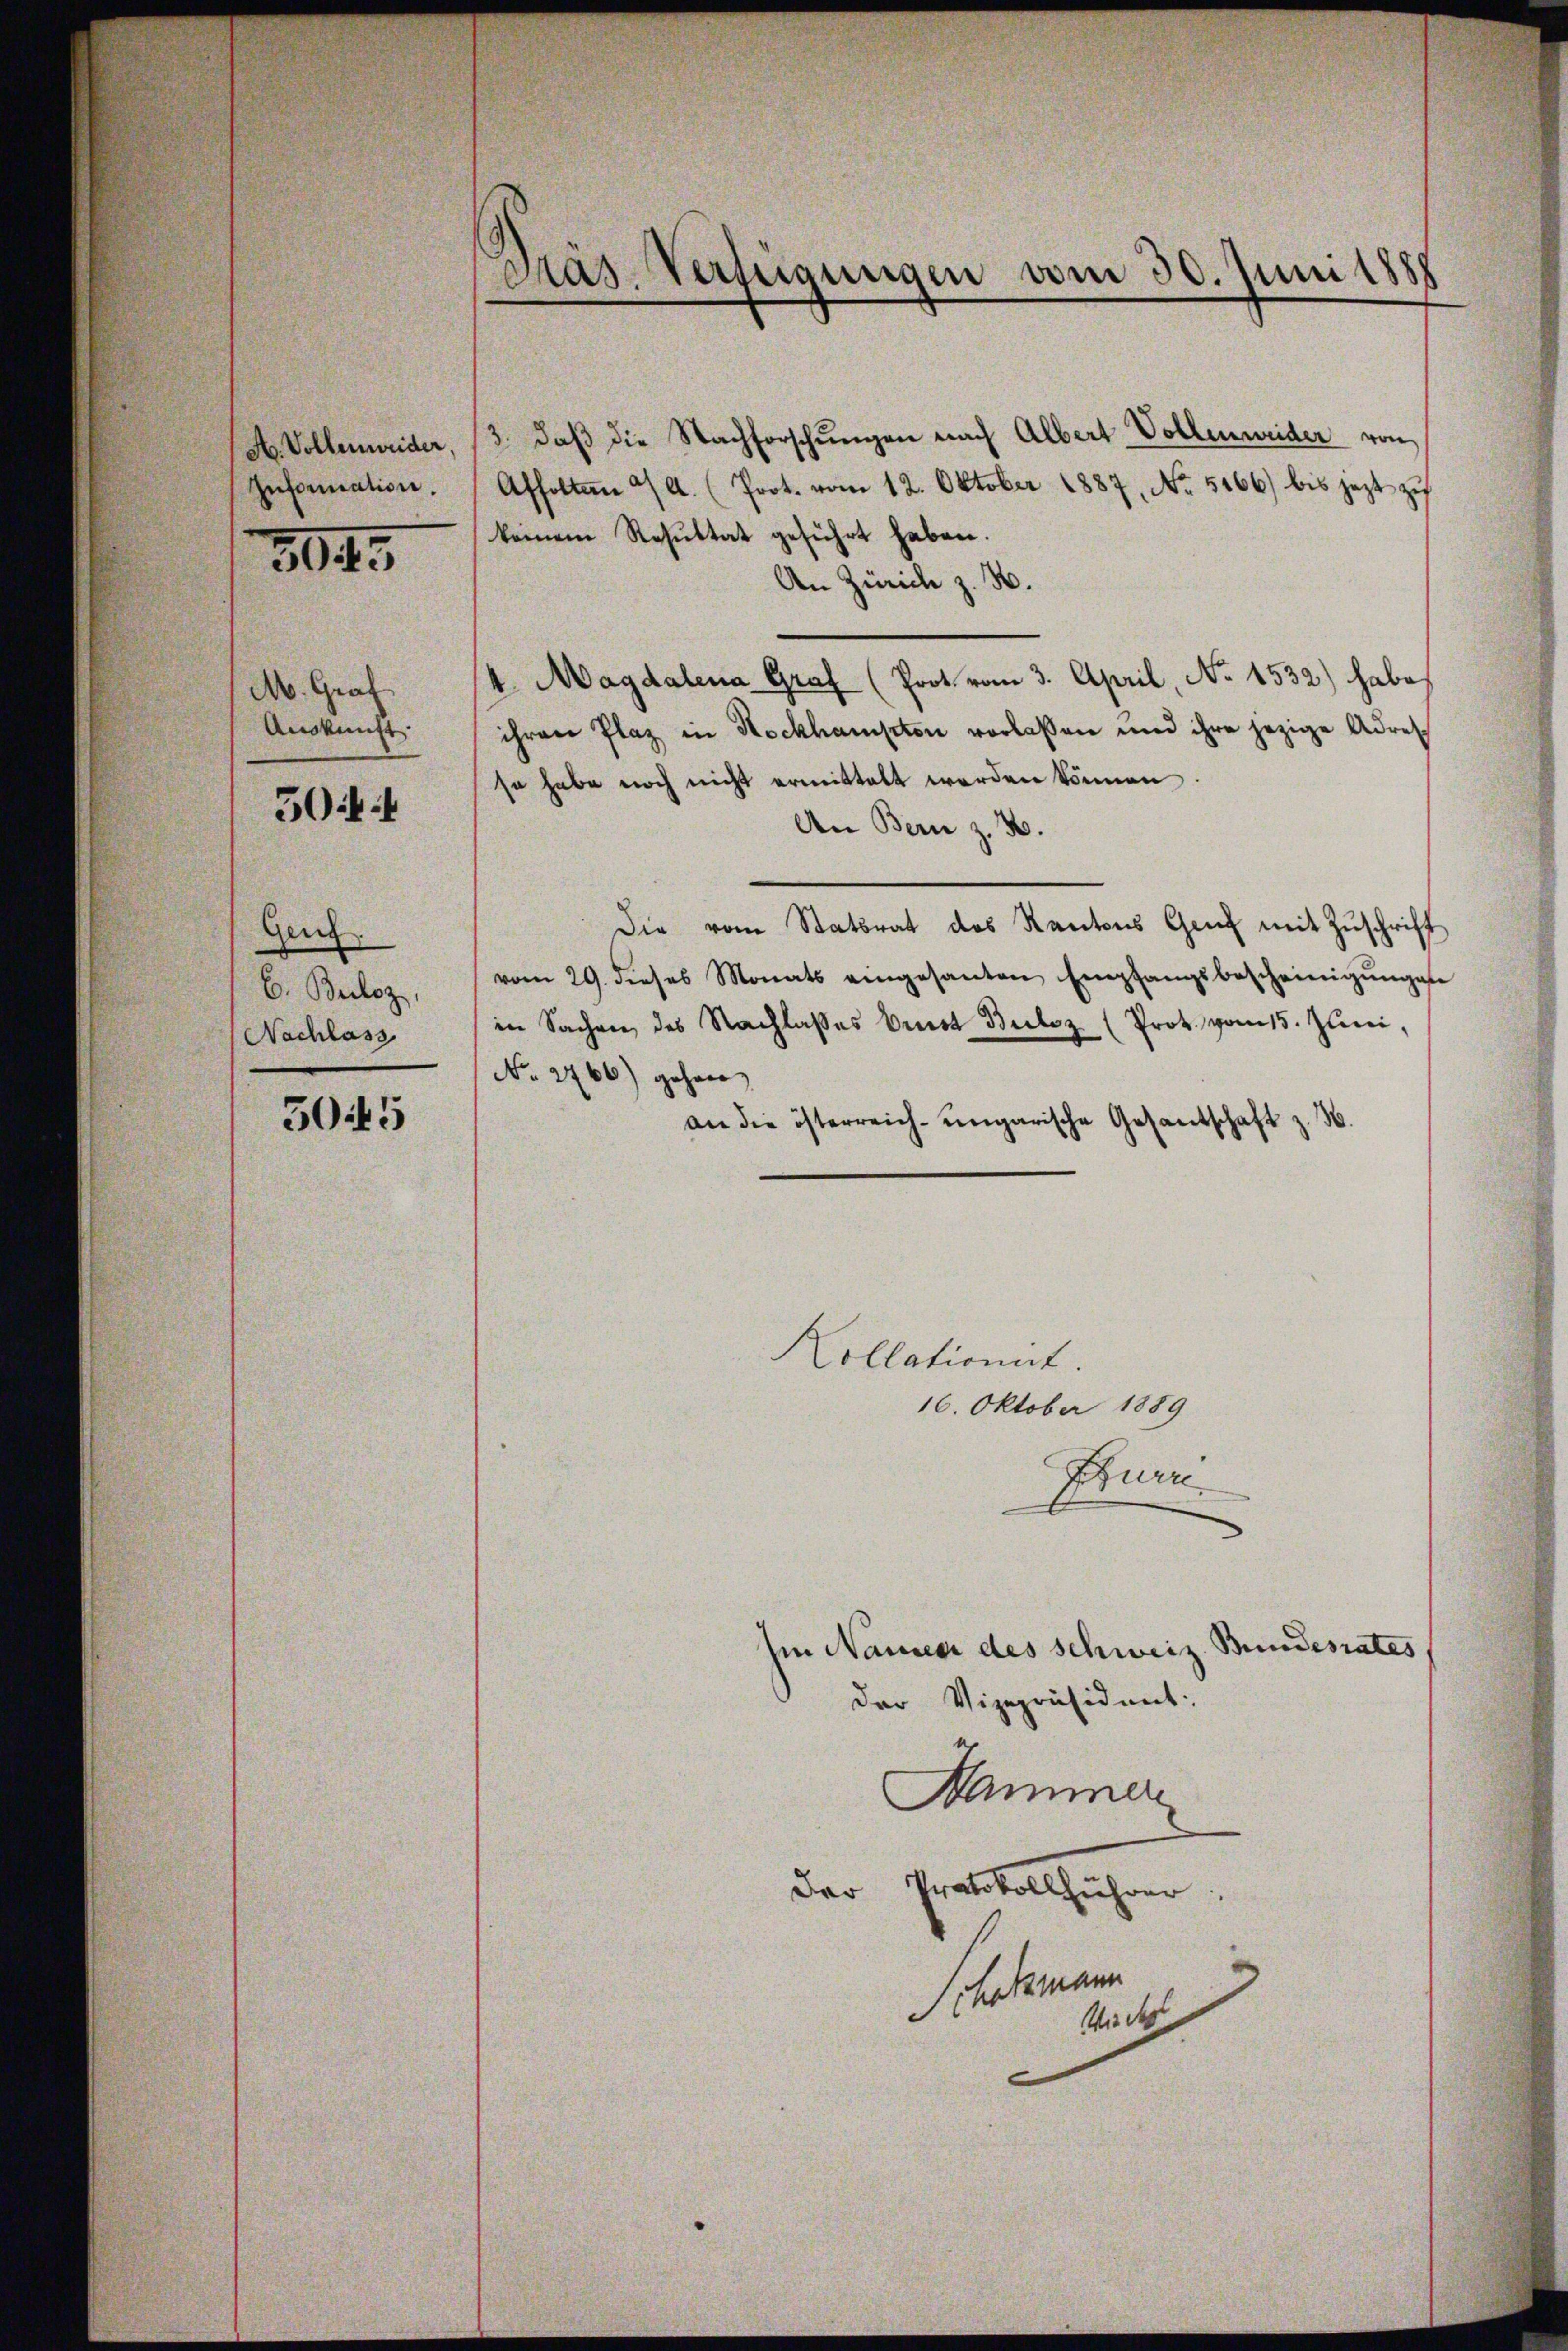
A. Vollenweider
Information.
304

M. Graf
Auskunft.
Gen.
C. Beiloz,
Nachlass

501

5045

Präs. Verfügungen vom 30. Juni 1888

3. daβ die Nachforschŭngen nach Albert Vollenweider von
Affolten 9. (Prot. vom 12. Oktober 1887, No. 5166) bis jezt zŭ
keinem Resultat geführt haben.
An Zürich z. B.
4. Magdalena Graf (Prot vom 3. April, No 1532) habe
ihren Plaz in Rockhampton verlaßen und ihre jezige Adres
so habe noch nicht ermittelt werden können
An Bern z. B.
Die vom Statsrat des Kantons Genf mit Zŭschrift
vom 29. dieses Monats eingesanten Empfangsbescheinigŭngss
in Sachen des Nachlasses Ernst Buloz (Prot. vom 15. Juni,
No 2766) gehöre
an die österreich-ungarische Gesantschaft z. B.
Kollationirt.
16. Oktober 1889
Purn.
Im Nauer des schweiz. Bundesrates
der Vizepräsident:
Hammer
Der Protokollführer
Schokmann
Wide